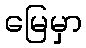
မြေမှာ